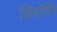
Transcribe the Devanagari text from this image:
जियोपिंग